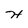
Character: H